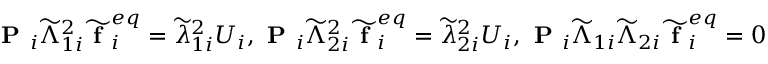
\textbf { P } _ { i } \widetilde { \Lambda } _ { 1 i } ^ { 2 } \widetilde { \textbf { f } } _ { i } ^ { e q } = \widetilde { \lambda } _ { 1 i } ^ { 2 } U _ { i } , \textbf { P } _ { i } \widetilde { \Lambda } _ { 2 i } ^ { 2 } \widetilde { \textbf { f } } _ { i } ^ { e q } = \widetilde { \lambda } _ { 2 i } ^ { 2 } U _ { i } , \textbf { P } _ { i } \widetilde { \Lambda } _ { 1 i } \widetilde { \Lambda } _ { 2 i } \widetilde { \textbf { f } } _ { i } ^ { e q } = 0